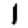
Digit: 1